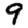
Digit: 9